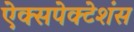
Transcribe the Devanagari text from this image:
ऐक्सपेक्टेशंस